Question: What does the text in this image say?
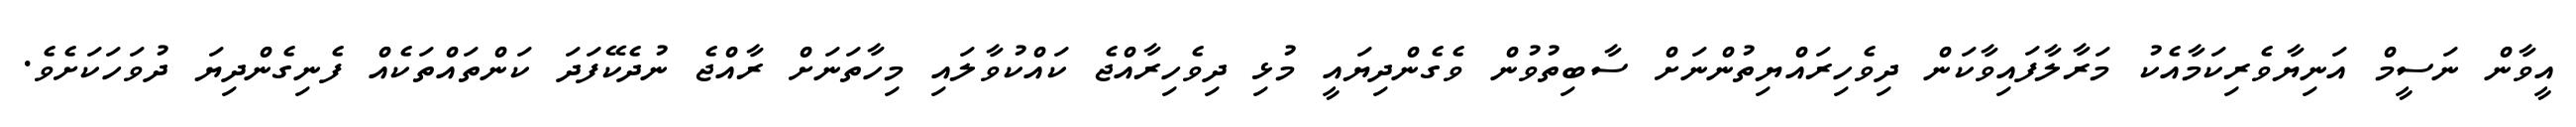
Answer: އީވާން ނަސީމް އަނިޔާވެރިކަމާއެކު މަރާލާފައިވާކަން ދިވެހިރައްޔިތުންނަށް ސާބިތުވުން ވެގެންދިޔައީ މުޅި ދިވެހިރާއްޖެ ކައްކުވާލައި މިހާތަނަށް ރާއްޖެ ނުދެކޭފަދަ ކަންތައްތަކެއް ފެނިގެންދިޔަ ދުވަހަކަށެވެ.